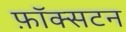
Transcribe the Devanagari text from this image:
फ़ॉक्सटन